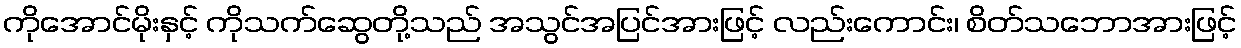
ကိုအောင်မိုးနှင့် ကိုသက်ဆွေတို့သည် အသွင်အပြင်အားဖြင့် လည်းကောင်း၊ စိတ်သဘောအားဖြင့်